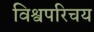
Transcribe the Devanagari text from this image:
विश्वपरिचय